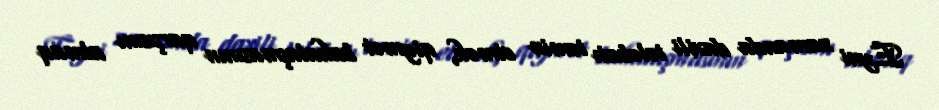
Eyni zamanda daxili tələbatı təmin etmək, qiymət bahalaşmasının qarşısını almaq